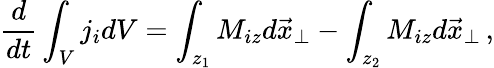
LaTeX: \frac{d}{dt}\int_{V}j_{i}dV=\int_{z_{1}}M_{iz}d\vec{x}_{\perp}-\int_{z_{2}}M_{iz}d\vec{x}_{\perp}\, ,